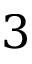
3